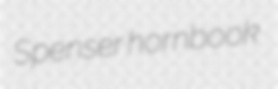
Spenser hornbook